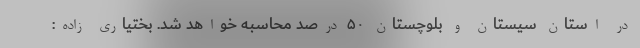
در استان سیستان و بلوچستان ۵۰ درصد محاسبه خواهد شد. بختیاری زاده: